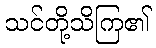
သင်တို့သိကြ၏